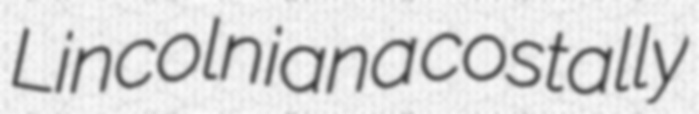
Lincolniana costally